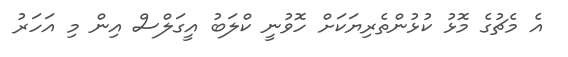
އެ މެޗުގެ މޮޅު ކުޅުންތެރިޔަކަށް ހޮވުނީ ކްލަބު އީގަލްސް އިން މި އަހަރު